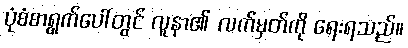
ပုံစံစာရွက်ပေါ်တွင် လူနာ၏ လက်မှတ်ကို ရေးရသည်။